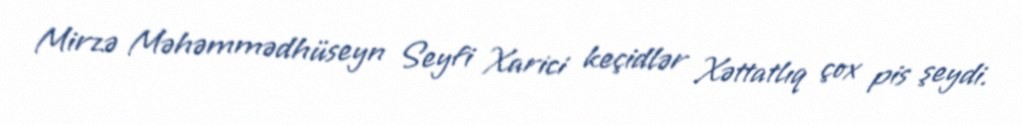
Mirzə Məhəmmədhüseyn Seyfi Xarici keçidlər Xəttatlıq çox pis şeydi.